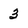
Character: 3